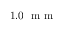
1 . 0 ~ \mathrm { ~ m ~ m ~ }